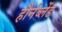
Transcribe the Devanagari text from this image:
हौर्नब्लेंड